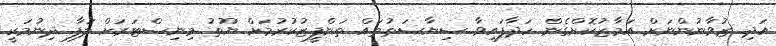
އަދި ޒުވާނުންނަށް އަމާޒުކޮށްގެން ހަދާފައިވާ ސިޔާސަތުތައް ތަންފީޒުކުރުމަށް ޔޫތު މިނިސްޓަރަށް ލަފާ ދިނުމަކީ